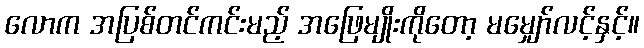
လောက အပြစ်တင်ကင်းမည့် အဖြေမျိုးကိုတော့ မမျှော်လင့်နှင့်။